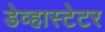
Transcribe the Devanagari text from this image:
डेव्हास्टेटर